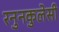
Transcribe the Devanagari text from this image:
रनुनकुलेसी